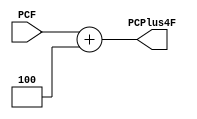
module PC4(
    PCF,
    PCPlus4F
);
input [31:0] PCF;
output reg [31:0] PCPlus4F;

assign PCPlus4F = PCF + 32'd4;

endmodule